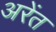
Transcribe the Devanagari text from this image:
अरेंत